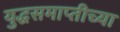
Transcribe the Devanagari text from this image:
युद्धसमाप्तीच्या